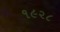
૧૯૨૮